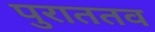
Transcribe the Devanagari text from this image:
पुराततव